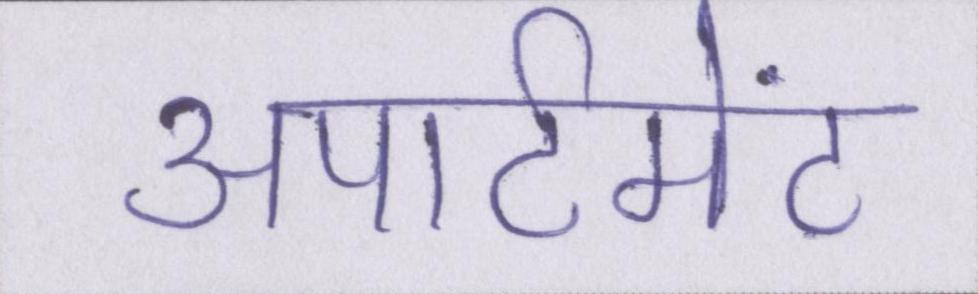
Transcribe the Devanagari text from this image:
अपार्टमेंट